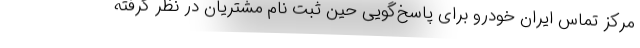
مرکز تماس ایران خودرو برای پاسخ‌گویی حین ثبت نام مشتریان در نظر گرفته